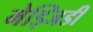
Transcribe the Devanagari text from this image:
मेड्जिडी